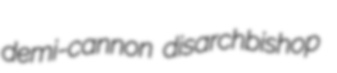
demi-cannon disarchbishop